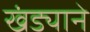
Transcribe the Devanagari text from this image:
खंड्याने